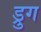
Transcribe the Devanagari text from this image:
ड्रुग